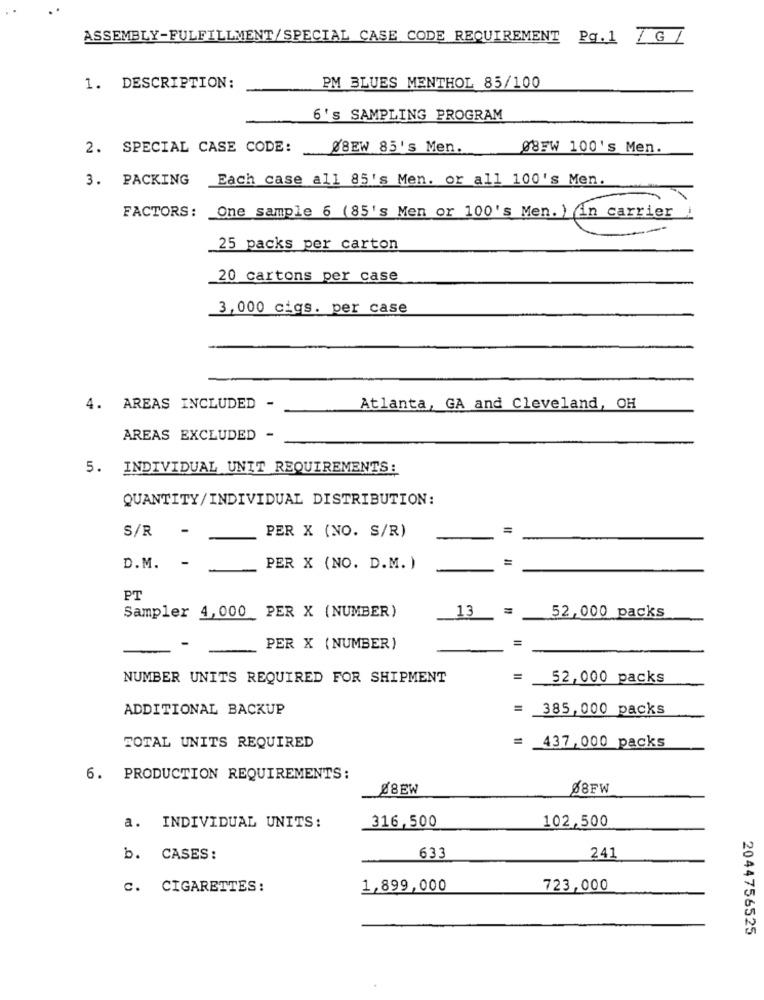
ASSEMBLY-FULFILLMENT/SPECIAL CASE CODE REQUIREMENT Pq. 1 / G /
1. DESCRIPTION:
PM BLUES MENTHOL 85/100
6'S SAMPLING PROGRAM
2. SPECIAL CASE CODE:
08EW 85's Men.
08FW 100's Men.
3. PACKING
Each case all 85's Men. or all 100's Men.
FACTORS: One sample 6 (85's Men or 100's Men. ) in carrier
25 packs per carton
20 cartons per case
3,000 cigs. per case
4. AREAS INCLUDED -
Atlanta, GA and Cleveland, OH
AREAS EXCLUDED -
5. INDIVIDUAL UNIT REQUIREMENTS:
QUANTITY/INDIVIDUAL DISTRIBUTION:
S/R
-
=
PER X (NO. S/R)
=
D.M.
-
PER X (NO. D.M. )
PT
Sampler 4,000 PER X (NUMBER)
13
=
52,000 packs
=
PER X (NUMBER)
NUMBER UNITS REQUIRED FOR SHIPMENT
=
52,000 packs
ADDITIONAL BACKUP
=
385,000 packs
437,000 packs
TOTAL UNITS REQUIRED
6. PRODUCTION REQUIREMENTS:
88EW
88FW
102,500
a. INDIVIDUAL UNITS:
316,500
b. CASES:
633
241
C. CIGARETTES:
1,899,000
723,000
2044756525